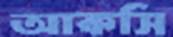
আকসি